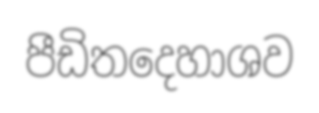
පීඩිතදෙහාශව